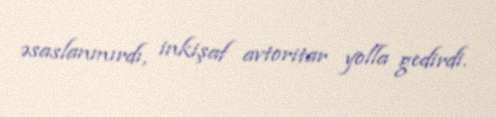
əsaslanmırdı, inkişaf avtoritar yolla gedirdi.